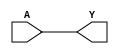
module BUF_X1(A, Y);
input A;
output Y;
assign Y = A;
endmodule